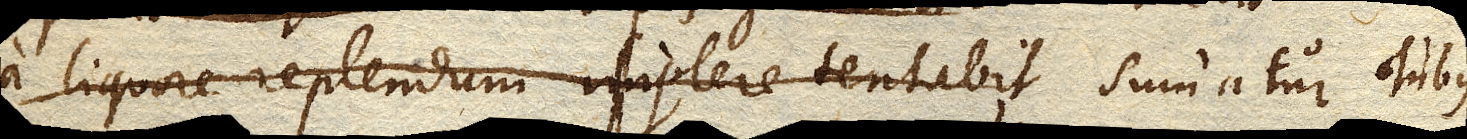
a liquore replendum implere tentabit Sumatur Tubus